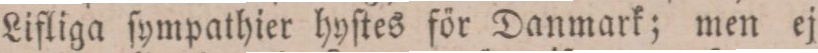
Lifliga ſympathier hyſtes för Danmark; men ej